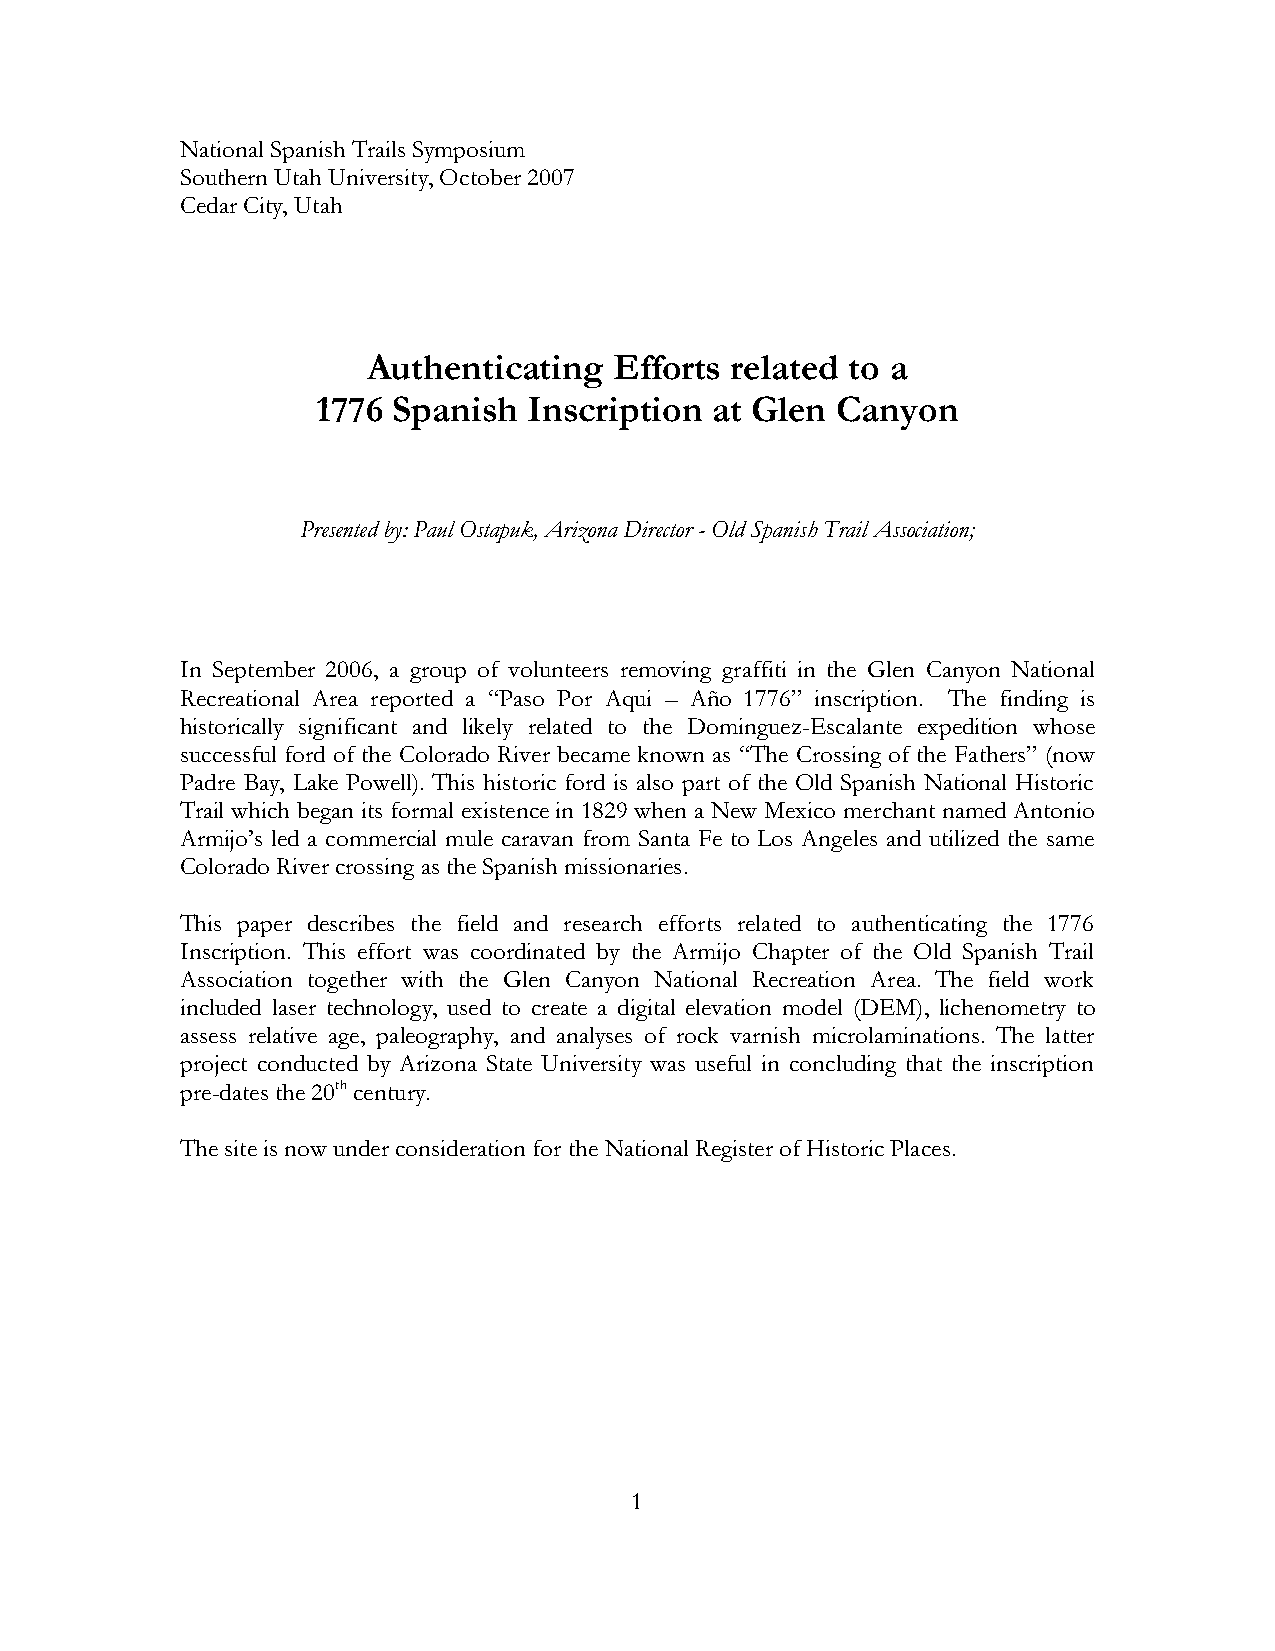
National Spanish Trails Symposium
 Southern Utah University, October 2007
 Cedar City, Utah
 Authenticating   Efforts related to a
 1776 Spanish  Inscription at Glen Canyon
 Presented by: Paul Ostapuk, Arizona Director - Old Spanish Trail Association;
 In September 2006, a group of volunteers removing graffiti in the Glen Canyon National
 Recreational Area reported a “Paso Por Aqui – Año 1776” inscription. The finding is
 historically significant and likely related to the Dominguez-Escalante expedition whose
 successful ford of the Colorado River became known as “The Crossing of the Fathers” (now
 Padre Bay, Lake Powell). This historic ford is also part of the Old Spanish National Historic
 Trail which began its formal existence in 1829 when a New Mexico merchant named Antonio
 Armijo’s led a commercial mule caravan from Santa Fe to Los Angeles and utilized the same
 Colorado River crossing as the Spanish missionaries.
 This paper describes the field and research efforts related to authenticating the 1776
 Inscription. This effort was coordinated by the Armijo Chapter of the Old Spanish Trail
 Association together with the Glen Canyon National Recreation Area. The field work
 included laser technology, used to create a digital elevation model (DEM), lichenometry to
 assess relative age, paleography, and analyses of rock varnish microlaminations. The latter
 project conducted by Arizona State University was useful in concluding that the inscription
 pre-dates the 20th century.
 The site is now under consideration for the National Register of Historic Places.
 1